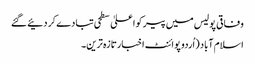
وفاقی پولیس میں پیر کو اعلیٰ سطحی تبادے کر دئیے گئے
اسلام آباد (اُردو پوائنٹ اخبارتازہ ترین۔